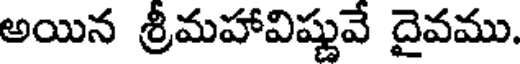
అయిన శ్రీమహావిష్ణువే దైవము.